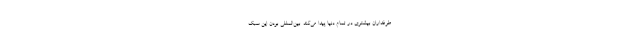
طرفداران بیشتری در تمام دنیا پیدا می‌کند. بین‌المللی بودن این سبک